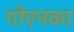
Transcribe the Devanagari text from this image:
गोएनका